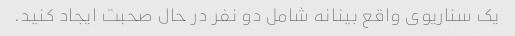
یک سناریوی واقع بینانه شامل دو نفر در حال صحبت ایجاد کنید.